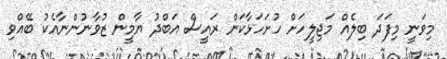
މިވަނީ މިފަދަ ބިލެއް މަޖިލީހަށް ހުށަހަޅާކަން ރައީސް އަބްދު ޔާމީން ޒުވާނުންނާއެކު ބޭއްވި